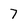
Character: 7